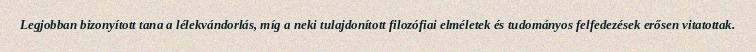
Legjobban bizonyított tana a lélekvándorlás, míg a neki tulajdonított filozófiai elméletek és tudományos felfedezések erősen vitatottak.